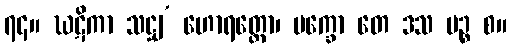
၇၄။ ဃဋိကာ သဋ္ဌျ’ ဟောရတ္တော၊ ပက္ခော တေ ဒသ ပဉ္စ စ။